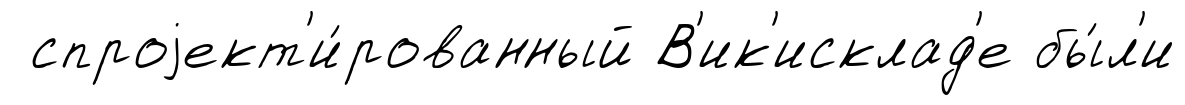
спроjект'и́рованный В'ик'исклад'е бы́л'и